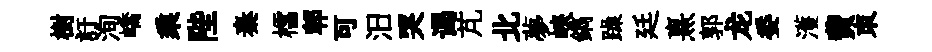
樹訏洵嶠乘陛秦櫺郫可汨哭谒芃北夢峽鐫躁廷熹郭龙委濩費朿